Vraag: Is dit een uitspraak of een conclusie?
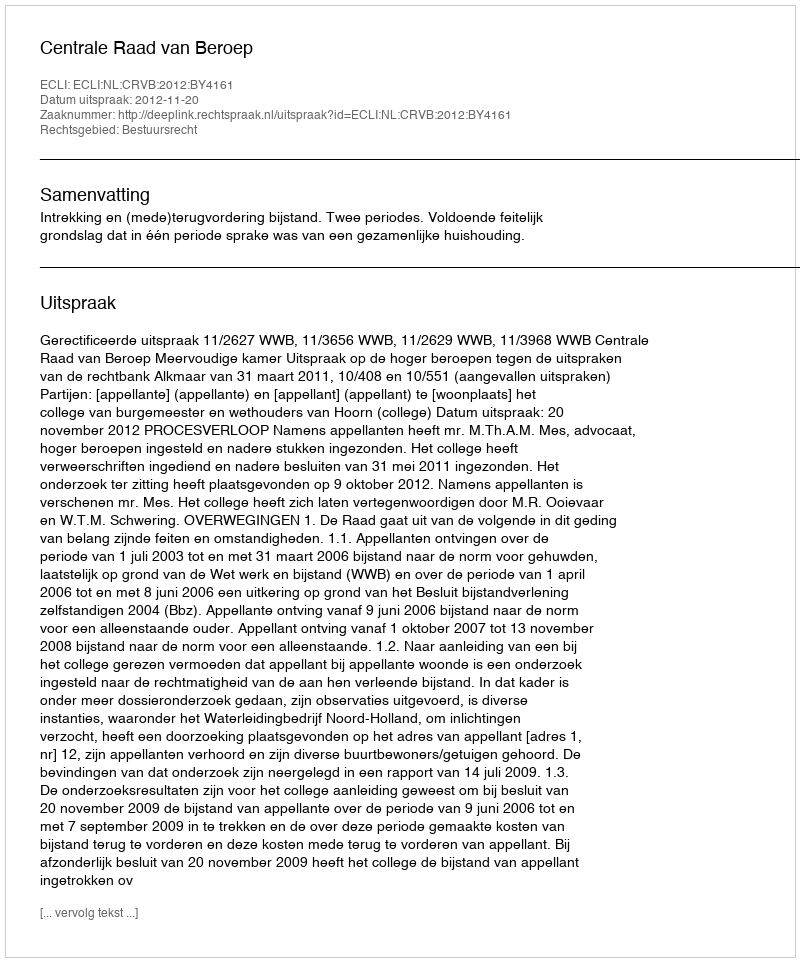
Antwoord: Uitspraak